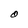
Character: O